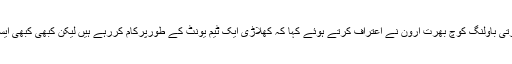
اس حوالے سے بھارتی باؤلنگ کوچ بھرت ارون نے اعتراف کرتے ہوئے کہا کہ کھلاڑی ایک ٹیم یونٹ کے طورپرکام کررہے ہیں لیکن کبھی کبھی ایسی باتیں ہوجاتی ہیں۔